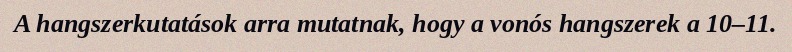
A hangszerkutatások arra mutatnak, hogy a vonós hangszerek a 10–11.